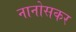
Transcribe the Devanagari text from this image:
नानोसकर